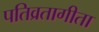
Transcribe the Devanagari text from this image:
पतिव्रतागीता